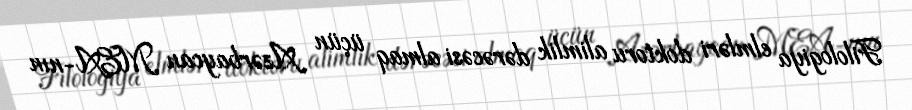
Filologiya elmləri doktoru alimlik dərəcəsi almaq üçün Azərbaycan MEA-nın